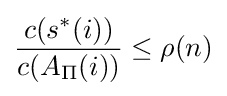
{\frac {c(s^{*}(i))}{c(A_{\Pi }(i))}}\leq \rho (n)